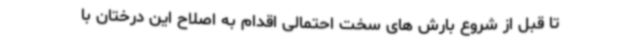
تا قبل از شروع بارش های سخت احتمالی اقدام به اصلاح این درختان با